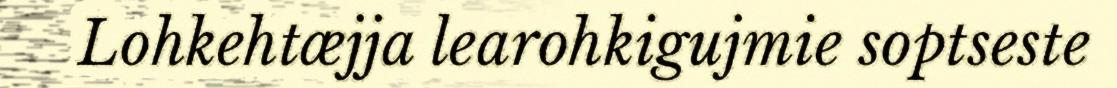
Lohkehtæjja learohkigujmie soptseste